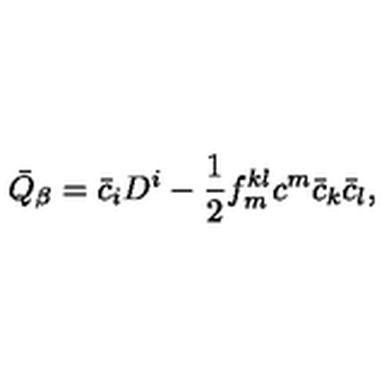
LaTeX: \bar { Q } _ { \beta } = \bar { c } _ { i } D ^ { i } - \frac { 1 } { 2 } f _ { m } ^ { k l } c ^ { m } \bar { c } _ { k } \bar { c } _ { l } ,